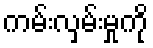
ကမ်းလှမ်းမှုကို